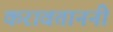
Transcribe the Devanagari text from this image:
करावताननी